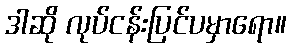
ဒါဆို လုပ်ငန်းပြင်ပမှာရော။